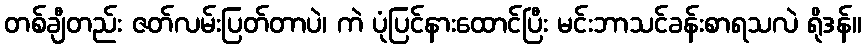
တစ်ချီတည်း ဇတ်လမ်းပြတ်တာပဲ၊ ကဲ ပုံပြင်နားထောင်ပြီး မင်းဘာသင်ခန်းစာရသလဲ ရိုဒန်။